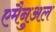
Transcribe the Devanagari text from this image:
एमैनुअल